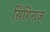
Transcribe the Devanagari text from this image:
सिंगिराज